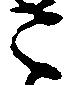
こ